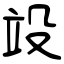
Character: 竐